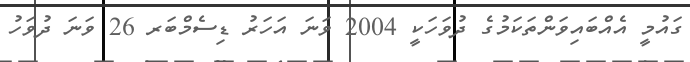
ގައުމީ އެއްބައިވަންތަކަމުގެ ދުވަހަކީ 2004 ވަނަ އަހަރު ޑިސެމްބަރ 26 ވަނަ ދުވަހު